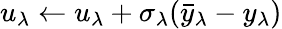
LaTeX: u_{\lambda}\leftarrow u_{\lambda}+\sigma_{\lambda}(\bar{y}_{\lambda}-y_{\lambda})